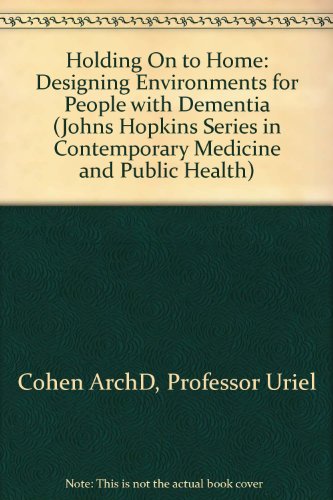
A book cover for Holding On to Home: Designing Environments for People with Dementia (Johns Hopkins Series in Contemporary Medicine and Public Health); Professor Uriel Cohen ArchD; Medical Books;